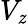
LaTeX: V_{\mathit{z}}